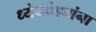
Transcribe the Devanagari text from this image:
ध्येयवेड्यांना